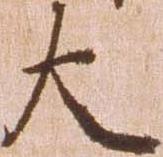
大